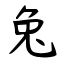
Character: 兔